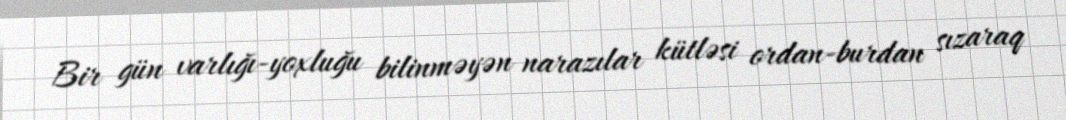
Bir gün varlığı-yoxluğu bilinməyən narazılar kütləsi ordan-burdan sızaraq